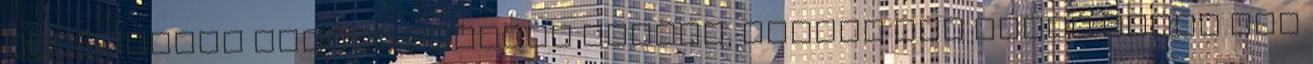
fogyasztók körébe sorolja azokat, akiket nem lehet akkor sem